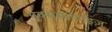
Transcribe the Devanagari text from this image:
एक्सस्पोर्टाइज़